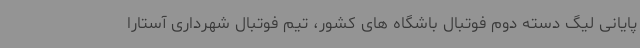
پایانی لیگ دسته دوم فوتبال باشگاه های کشور، تیم فوتبال شهرداری آستارا